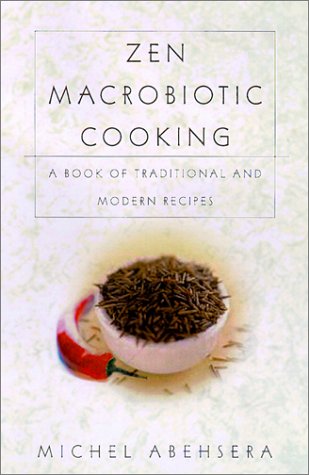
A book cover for Zen Macrobiotic Cooking: A Book of Oriental and Traditional Recipes; Michel Abehsera; Health, Fitness & Dieting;